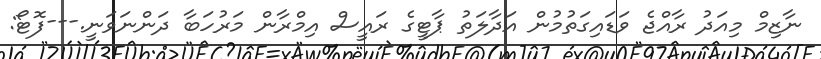
ނާޒިމް މިއަދު ރާއްޖެ ވަޑައިގަތުމުން އަދާލަތު ޕާޓީގެ ރައީސް އިމްރާން މަރުހަބާ ދަންނަވަނީ.---ފޮޓޯ: